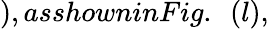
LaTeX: ),asshowninFig.~~(l),